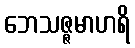
ဘေသဇ္ဇမာဟရိ